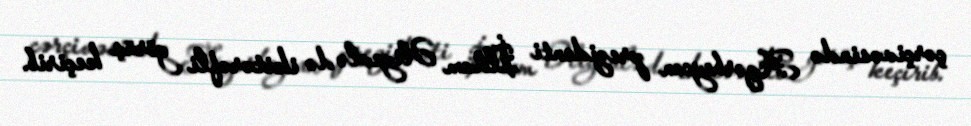
çərçivəsində Azərbaycan prezidenti İlham Əliyevlə də ikitərəfli görüş keçirib.